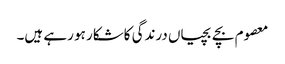
معصوم بچے بچیاں درندگی کاشکار ہو رہے ہیں۔